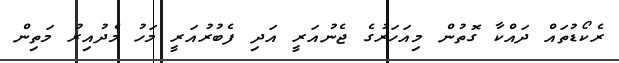
ރެކޯޑުތައް ދައްކާ ގޮތުން މިއަހަރުގެ ޖެނުއަރީ އަދި ފެބުރުއަރީ މަހު މެދުއިރު މަތިން